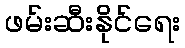
ဖမ်းဆီးနိုင်ရေး